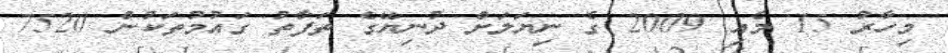
މިހާރު 15 މެއި 2009 ގެ ނިޔަލަށް ދުނިޔޭގެ ތަފާތު ގައުމުތަކުން 7520